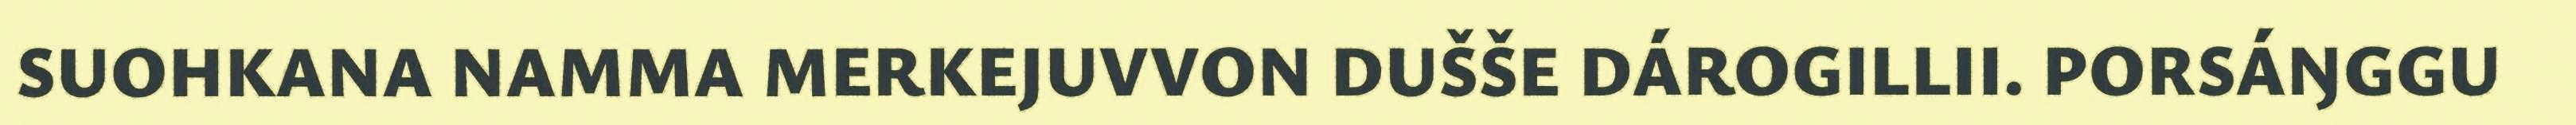
SUOHKANA NAMMA MERKEJUVVON DUŠŠE DÁROGILLII. PORSÁŊGGU